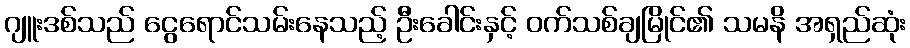
ဂျူးဒစ်သည် ငွေရောင်သမ်းနေသည့် ဦးခေါင်းနှင့် ဝက်သစ်ချမြိုင်၏ သမနိ အရှည်ဆုံး